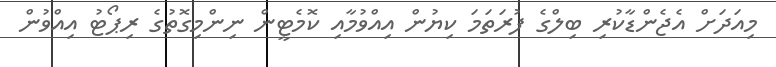
މިއަދަށް އެޖެންޑާކުރި ބިލްގެ ފުރަތަމަ ކިޔުން އިއްވުމާއި ކޮމެޓީން ނިންމިގޮތުގެ ރިޕޯޓު އިއްވުން